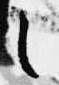
之